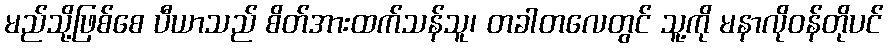
မည်သို့ဖြစ်စေ ပီယာသည် စိတ်အားထက်သန်သူ၊ တခါတလေတွင် သူ့ကို မနာလိုဝန်တိုပင်